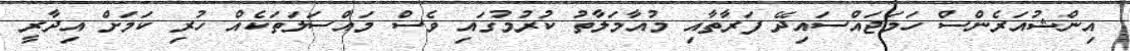
އިންޝުއަރެންސް ހަމަޖައްސައިދޭ ފަރާތާއި މުއާމަލާތު ކުރުމުގައި ވެސް މައްސަލަތަކެއް ހުރި ކަމަށް އިދާރީ